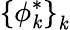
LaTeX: \left\{ \phi_{\mathit{k}}^{*}\right\} _{\mathit{k}}